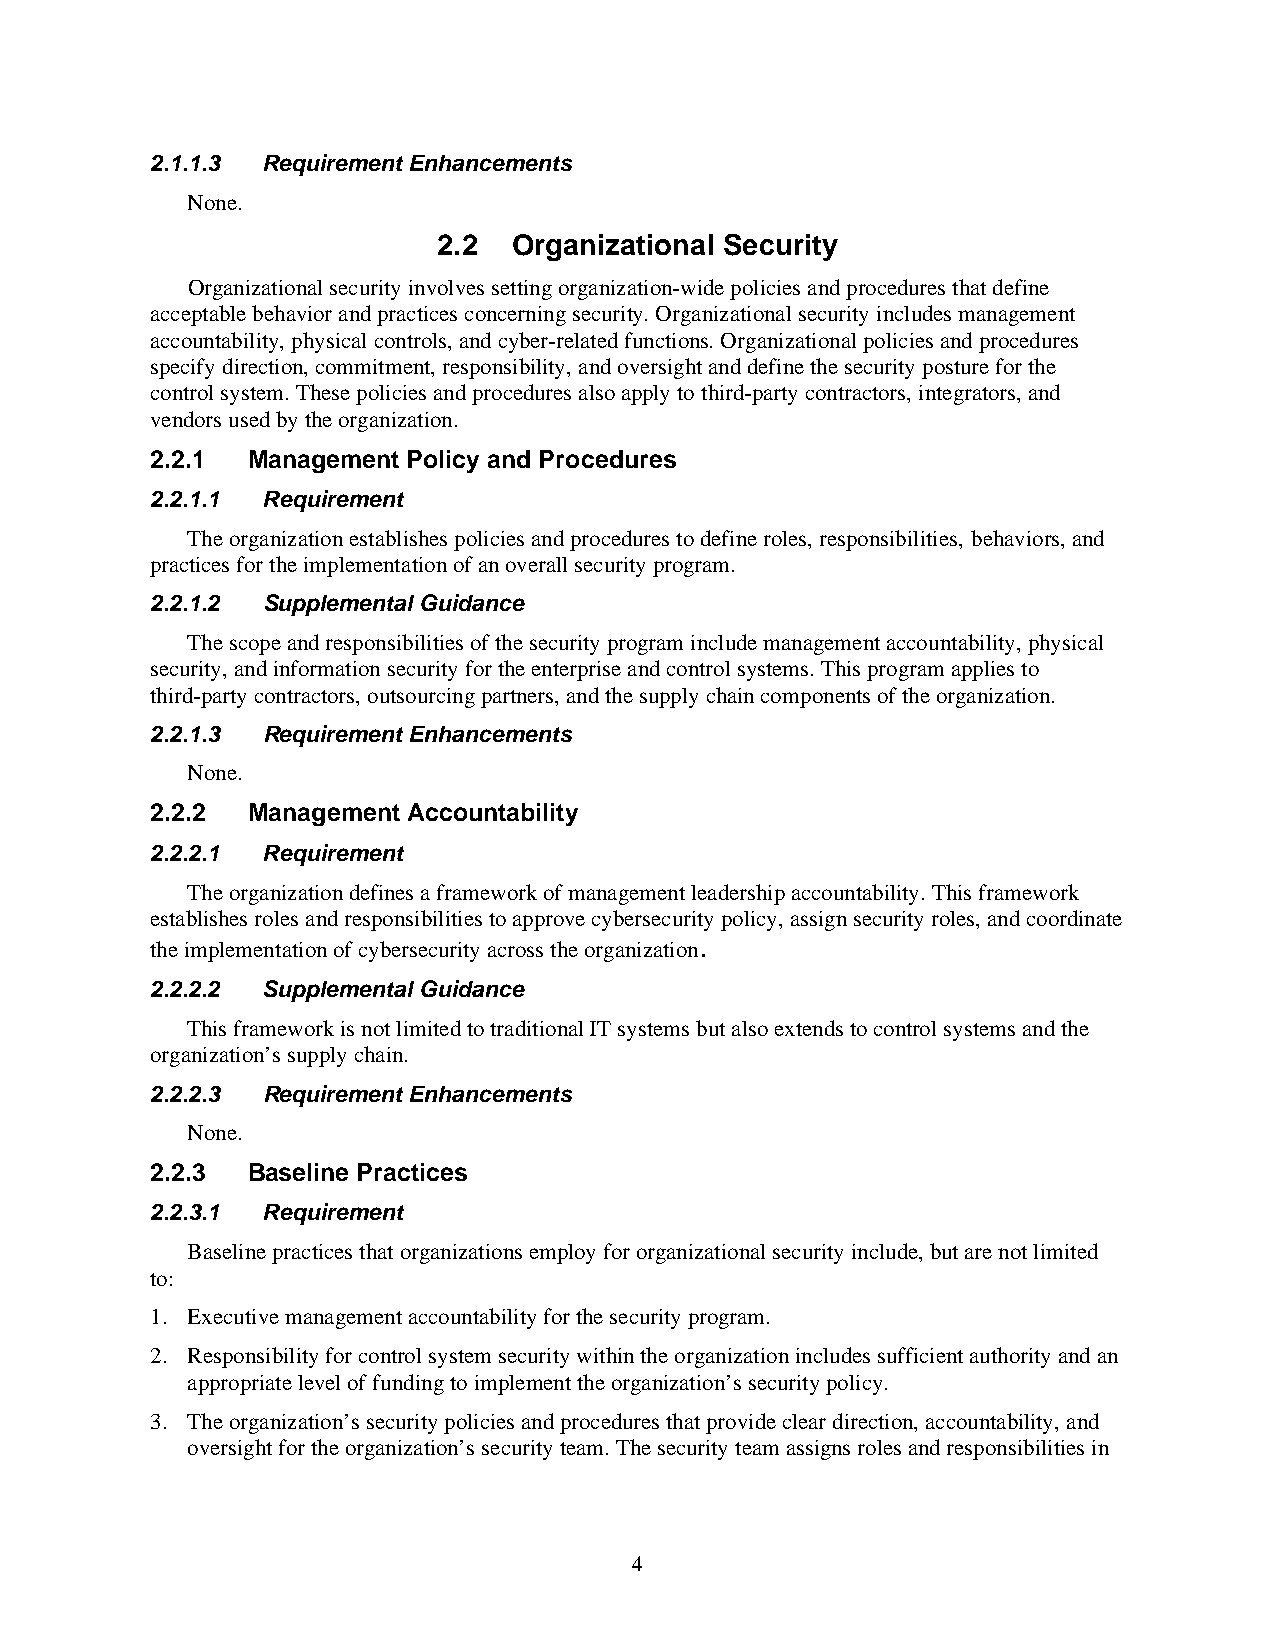
2.1.1.3 Requirement Enhancements
 None.
 2.2  Organizational Security
 Organizational security involves setting organization-wide policies and procedures that define
 acceptable behavior and practices concerning security. Organizational security includes management
 accountability, physical controls, and cyber-related functions. Organizational policies and procedures
 specify direction, commitment, responsibility, and oversight and define the security posture for the
 control system. These policies and procedures also apply to third-party contractors, integrators, and
 vendors used by the organization.
 2.2.1 Management Policy and Procedures
 2.2.1.1 Requirement
 The organization establishes policies and procedures to define roles, responsibilities, behaviors, and
 practices for the implementation of an overall security program.
 2.2.1.2 Supplemental Guidance
 The scope and responsibilities of the security program include management accountability, physical
 security, and information security for the enterprise and control systems. This program applies to
 third-party contractors, outsourcing partners, and the supply chain components of the organization.
 2.2.1.3 Requirement Enhancements
 None.
 2.2.2 Management Accountability
 2.2.2.1 Requirement
 The organization defines a framework of management leadership accountability. This framework
 establishes roles and responsibilities to approve cybersecurity policy, assign security roles, and coordinate
 the implementation of cybersecurity across the organization.
 2.2.2.2 Supplemental Guidance
 This framework is not limited to traditional IT systems but also extends to control systems and the
 organization’s supply chain.
 2.2.2.3 Requirement Enhancements
 None.
 2.2.3 Baseline Practices
 2.2.3.1 Requirement
 Baseline practices that organizations employ for organizational security include, but are not limited
 to:
 1. Executive management accountability for the security program.
 2. Responsibility for control system security within the organization includes sufficient authority and an
 appropriate level of funding to implement the organization’s security policy.
 3. The organization’s security policies and procedures that provide clear direction, accountability, and
 oversight for the organization’s security team. The security team assigns roles and responsibilities in
 4